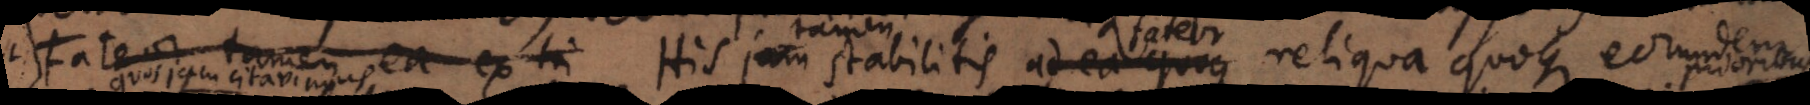
. Fateor tamen ea ex hi His jam stabilitis ad ea quoque fateor reliqua quoque eorundem